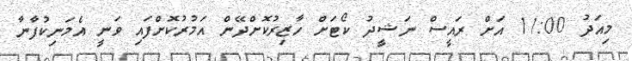
މިއަދު 11:00 އަށް ރައީސް ނަޝީދު ކޯޓަށް ހާޒިރުކޮށްދޭން އަމުރުކޮށްފައި ވަނީ އެމަނިކުފާނާ